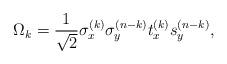
LaTeX: \begin{align*}\Omega_k={1\over \sqrt{2}}\sigma_x^{(k)}\sigma_y^{(n-k)}t_x^{(k)}s_y^{(n-k)},\end{align*}